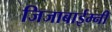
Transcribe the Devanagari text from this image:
जिजाबाईम्नी